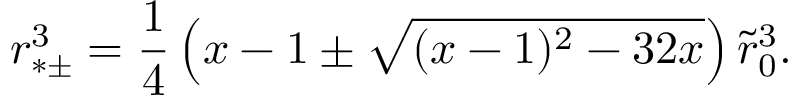
r _ { * \pm } ^ { 3 } = { \frac { 1 } { 4 } } \left( x - 1 \pm \sqrt { ( x - 1 ) ^ { 2 } - 3 2 x } \right) \tilde { r } _ { 0 } ^ { 3 } .